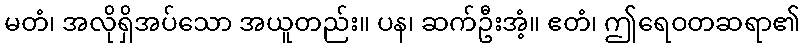
မတံ၊ အလိုရှိအပ်သော အယူတည်း။ ပန၊ ဆက်ဦးအံ့။ ဧတံ၊ ဤရေဝတဆရာ၏